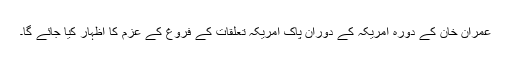
عمران خان کے دورہ امریکہ کے دوران پاک امریکہ تعلقات کے فروغ کے عزم کا اظہار کیا جائے گا۔